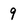
Character: 9